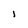
Character: i